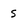
Character: s